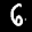
Label: 6